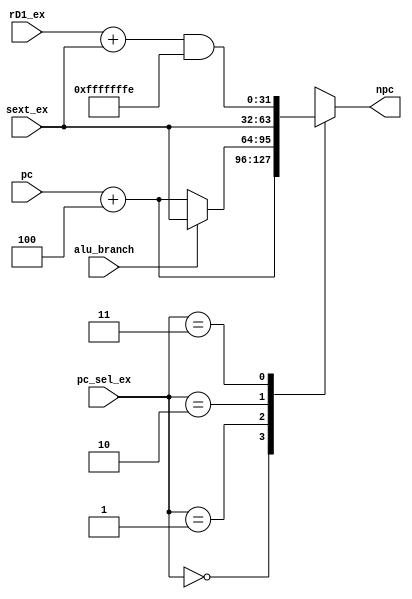
`timescale 1ns / 1ps
//////////////////////////////////////////////////////////////////////////////////
// Company: 
// Engineer: 
// 
// Design Name: 
// Module Name: NPC
// Project Name: 
// Target Devices: 
// Tool Versions: 
// Description: 
// 
// Dependencies: 
// 
// Revision:
// Revision 0.01 - File Created
// Additional Comments:
// 
//////////////////////////////////////////////////////////////////////////////////


module NPC(
    input alu_branch,
    input [1:0] pc_sel_ex,
    input [31:0] pc,
    input [31:0] sext_ex,
    input [31:0] rD1_ex,
    output reg [31:0] npc
    );
    
    
    always @(*) begin
        case(pc_sel_ex)
            2'b00: //pc+4
                npc = pc + 32'h00000004;
            2'b01: //branch
                if(alu_branch)
                    npc = sext_ex;
                else
                    npc = pc + 32'h00000004;
            2'b10: //jal
                npc = sext_ex;
            2'b11: //jalr
                npc = (rD1_ex+sext_ex) & 32'hfffffffe;
        endcase
    end
    
endmodule